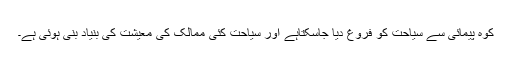
کوہ پیمائی سے سیاحت کو فروغ دیا جاسکتاہے اور سیاحت کئی ممالک کی معیشت کی بنیاد بنی ہوئی ہے۔